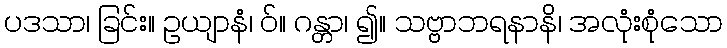
ပဒသာ၊ ခြင်း။ ဥယျာနံ၊ ဝ်။ ဂန္တာ၊ ၍။ သဗ္ဗာဘရနာနိ၊ အလုံးစုံသော